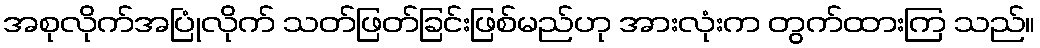
အစုလိုက်အပြုံလိုက် သတ်ဖြတ်ခြင်းဖြစ်မည်ဟု အားလုံးက တွက်ထားကြ သည်။